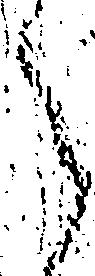
之